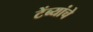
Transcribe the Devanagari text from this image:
टेंब्यांचे